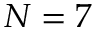
N = 7